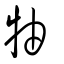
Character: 牰